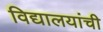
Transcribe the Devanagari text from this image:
विद्यालयांची